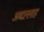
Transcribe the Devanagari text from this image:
अब्दल्लाह